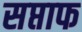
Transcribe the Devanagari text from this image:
सप्ताफ